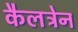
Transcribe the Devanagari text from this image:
कैलट्रेन